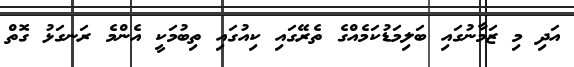
އަދި މި ޒަމާނުގައި ބަލިމަޑުކަމެއްގެ ތެރޭގައި ކިއުގައި ތިބުމަކީ އެންމެ ރަނގަޅު ގޮތް